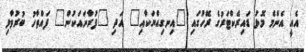
އެއީ އެންމެ މޮޅު ޑައިރެކްޓަރުގެ ރޭހުގައި "އިނގިއްޔަކާއި" އަދި "ފުރާނައަކުން" ފައްތާހު ބުރުވާލި